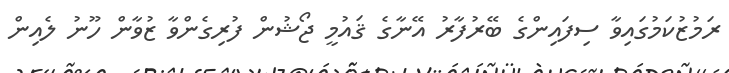
ރަމުޒުކަމުގައިވާ ސިފައިންގެ ބޭރުފާރު އޭނާގެ ޤައުމީ ޖޯޝުން ފުރިގެންވާ ޒުވާން ހޫނު ލެއިން